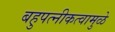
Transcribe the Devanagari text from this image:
बहुपत्‍नीकत्वामुळे